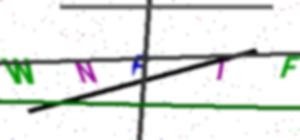
Text: WNFTF